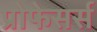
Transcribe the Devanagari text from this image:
प्रोफेसर्स